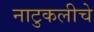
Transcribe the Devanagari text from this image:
नाटुकलीचे